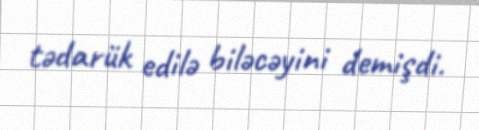
tədarük edilə biləcəyini demişdi.